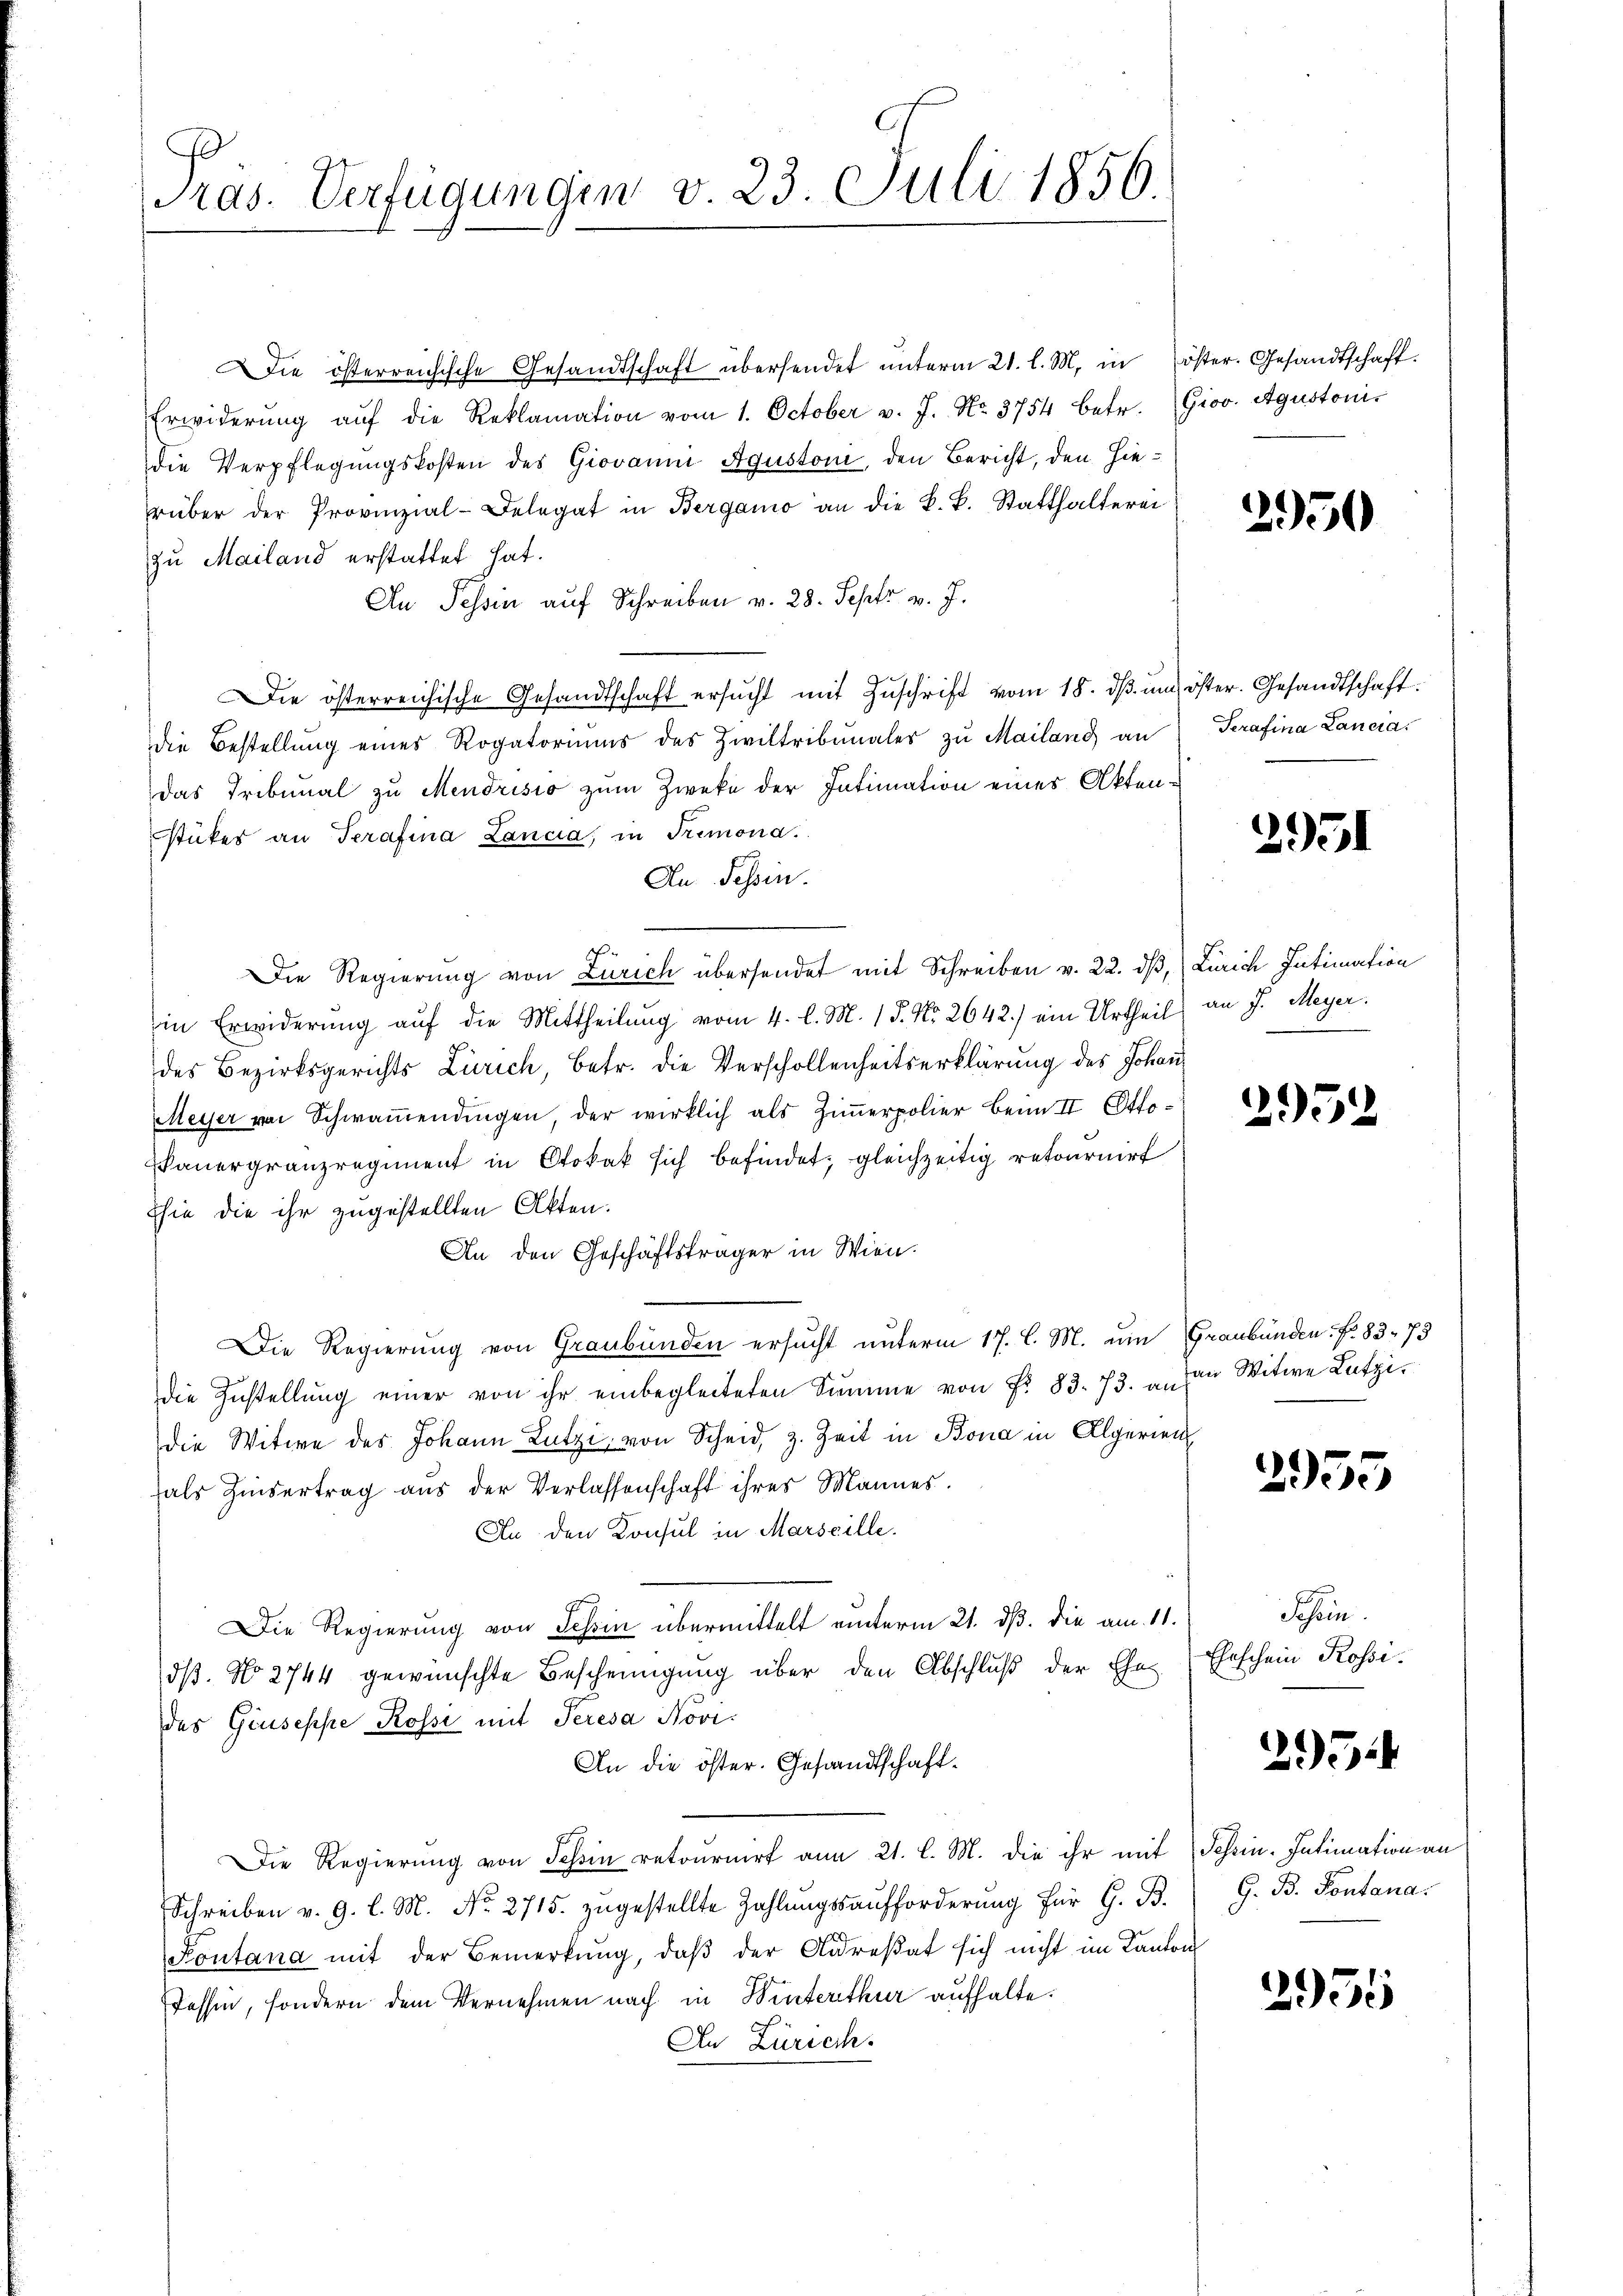
Pras. Verfügungen v. 23. Juli 1856.

Die österreichische Gesandtschaft übersendet ŭnterm 21. l. M. in öster. Gesandtschaft.
Erwiderŭng aŭf die Reklamation vom 1. October v. J. No. 3754 betr. Giov. Agustonis
die Verpflegungskosten des Giovanni Aguston, den Bericht, den hierüber der Provinzial-Belegat in Bergamo an die k. k. Statthalterei
zu Mailand erstattet hat.
An Tessin auf Schreiben v. 28. Sept v. J.
Die österreichische Gesandtschaft ersŭcht mit Zŭschrift vom 18. dβ im öster. Gesandtschaft
die Bestellung eines Rogatoriums des Ziviltribunaler zŭ Mailand an Serafina Lancia
Das Tribunal zu Mendrisio zum Zweke der Intimation eines Akten-
stükes an Terafina Lancia, in Trimona.
An Tessin.
Die Regierung von Zürich übersendet mit Schreiben v. 22. dβ, Zürich Intimation
in Erwiderung auf die Mittheilung vom 4. l. M. 15. No. 2642.) ein Urtheils an J. Meyer.
des Bezirksgerichts Zürich, betr. die Verschollenheitserklärung des Johan
Meyer von Schwamendingen, der wirklich als Zimmerpolier beim II. Ottoauergränzregiment in Stokat sich befindet, gleichzeitig retournirt
sie die ihr zugestellten Akten.
An den Geschäftsträger in Wien.
Die Regierung von Graubünden ersucht unterm 17. C. M. um Graubünden. F. 83. 73
die Zustellŭng einer von ihr einbegleiteten Summe von Fr. 83. 73. „an Witwe Latzidie Witwe des Johann Lutzi, von Scheid, z. Zeit in Bona in Algerien
fals Zinsertrag aus der Verlassenschaft ihres Mannes.
An den Konsul in Marseille.
Die Regierung von Schin übermittelt unterm 21. dß. die am 11.
dß. No 2744 gewünschte Bescheinigung über den Abschluß der Ehe
des Giuseppe Rossi mit Peresa Novi¬
An die öster. Gesandtschaft¬
Die Regierung von Schin retournirt am 21. l. M. die ihr mit
Schreiben v. 9. l. M. No. 2715. zŭgestellte Zahlŭngsaufforderŭng für G. B.
Kontana mit der Bemerkung, daß der Arrestat sich nicht im Kanton
Tessin, sondern dem Vernehmen nach in Winterthur aufhalte.
In Zürich.

2950

2951

2952

2955

Schein.
Eheschein Rossi.

2954

Sohrin. Intimation an
G. B. Pontana.

2955